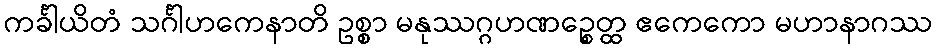
ကင်္ခါယိတံ သင်္ဂါဟကေနာတိ ဥစ္စာ မနုဿဂ္ဂဟဏဉ္စေတ္ထ ဧကေကော မဟာနာဂဿ